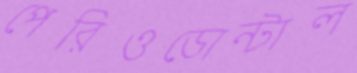
পেরিওডোন্টাল